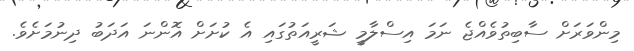
މިންވަރަށް ސާބިތުވެއްޖެ ނަމަ އިސްލާމީ ޝަރީއަތުގައި އެ ކުށަށް އޮންނަ އަދަބު ދިނުމަށެވެ.